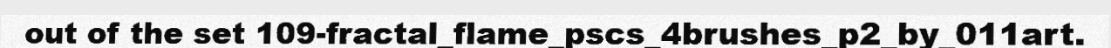
out of the set 109-fractal_flame_pscs_4brushes_p2_by_011art.